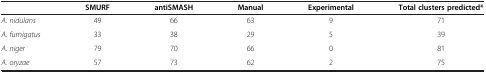
<table><thead><tr><td><b> </b></td><td><b>SMURF</b></td><td><b>antiSMASH</b></td><td><b>Manual</b></td><td><b>Experimental</b></td><td><b>Total clusters predicted*</b></td></tr></thead><tbody><tr><td><i>A. nidulans</i></td><td>49</td><td>66</td><td>63</td><td>9</td><td>71</td></tr><tr><td><i>A. fumigatus</i></td><td>33</td><td>38</td><td>29</td><td>5</td><td>39</td></tr><tr><td><i>A. niger</i></td><td>79</td><td>70</td><td>66</td><td>0</td><td>81</td></tr><tr><td><i>A. oryzae</i></td><td>57</td><td>73</td><td>62</td><td>2</td><td>75</td></tr></tbody></table>